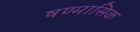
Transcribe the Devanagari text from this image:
षण्मासिक